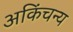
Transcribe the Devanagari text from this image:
अकिंचन्य